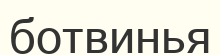
ботвинья